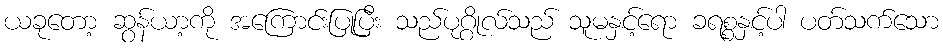
ယခုတော့ ဆွန်ယာ့ကို အကြောင်းပြုပြီး သည်ပုဂ္ဂိုလ်သည် သူမနှင့်ရော ခရစ္စနှင့်ပါ ပတ်သက်သော